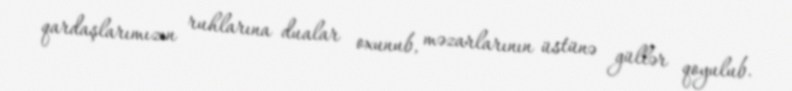
qardaşlarımızın ruhlarına dualar oxunub, məzarlarının üstünə güllər qoyulub.